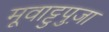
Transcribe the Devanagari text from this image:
मूवाट्टुपुज़ा